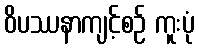
ဝိပဿနာကျင့်စဉ် ကူးပုံ